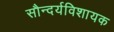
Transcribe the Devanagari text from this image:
सौन्दर्यविशायक